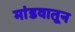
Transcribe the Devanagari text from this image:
मांडवातून